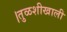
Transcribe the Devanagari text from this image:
।तुळशीखाली